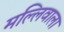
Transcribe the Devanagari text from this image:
मल्लिवाला